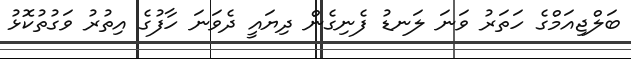
ބަލްޖިއަމްގެ ހަތަރު ވަނަ ލަނޑު ފެނިގެން ދިޔައީ ދެވަނަ ހާފުގެ އިތުރު ވަގުތުކޮޅު